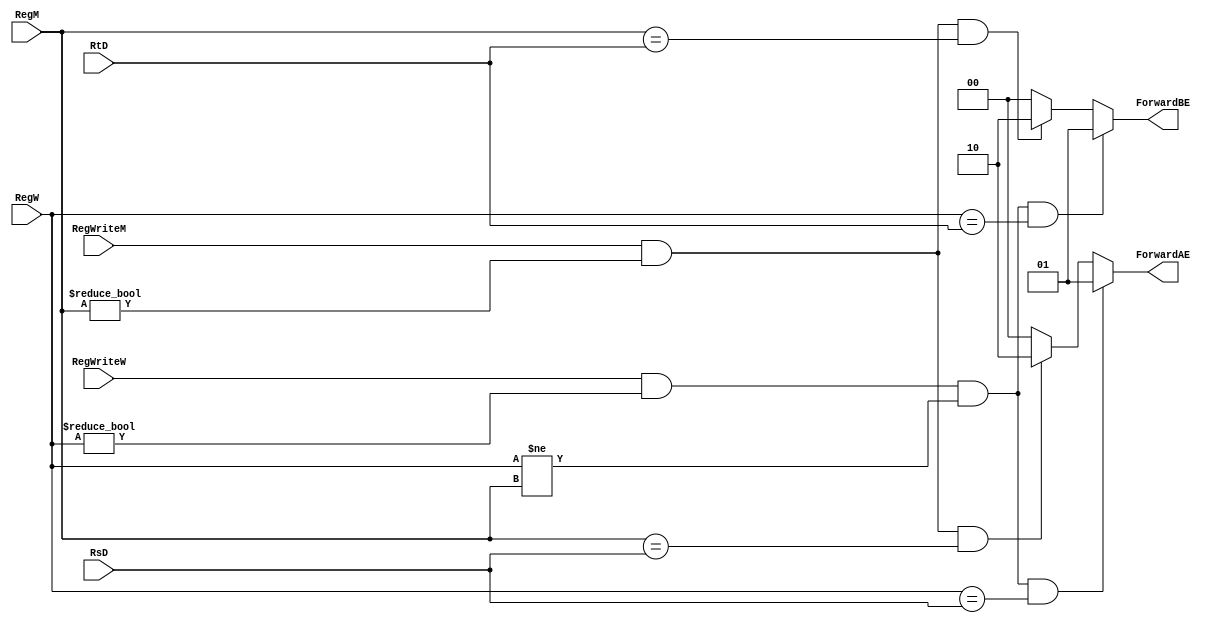
module data_forward(	input [4:0] RsD, RtD, RegM, RegW,
						input RegWriteM, RegWriteW,
						output reg [1:0] ForwardAE, ForwardBE);

/* 	DATA FORWARDING FOR FORWARDING HAZARDS
	FORWARD ON THE FOLLOWING CASES:
		-REGS OF NEXT EXEC INSTR USES ANY REGS IN MEM STAGE
		-REGS OF NEXT EXEC NSTR USES ANY REGS IN WB STAGE */
	always@(*) begin
		//default case: direct values in muxes
		ForwardAE <= 2'b00; ForwardBE <= 2'b00;

		//GET REG VALUES FROM MEM IF THEY ARE NEEDED IN EX
		if(	(RegWriteM) && 
			(RegM != 0) &&
			(RegM == RsD))
			ForwardAE <= 2'b10;
		if(	(RegWriteM) && 
			(RegM != 0) &&
			(RegM == RtD))
			ForwardBE <= 2'b10;

		//GET REG VALUES FROM WB IF THEY ARE NEEDED IN EX
		if(	(RegWriteW) && 
			(RegW != 0) &&
			(RegW != RegM) &&
			(RegW == RsD))
			ForwardAE <= 2'b01;

		if(	(RegWriteW) && 
			(RegW != 0) &&
			(RegW != RegM) &&
			(RegW == RtD))
			ForwardBE <= 2'b01;
	end
endmodule // data_forward


/*	DATA FORWARDING FOR BRANCH CASES (BEQ/BNE)
	STALL AND FORWARD IF WRITEREG_E == RST OR RSD */
	
module data_forward_b(	input [4:0] WriteRegE, RsD, RtD,
						input RegWriteE, BranchD, BranchNot,
						output reg ForwardAD, ForwardBD);

	always@(*) begin
		//default case: direct values in muxes
		ForwardAD <= 0; ForwardBD <= 0;

		//IF RSD AND RTD ARE EQUAL TO WRITEREGE AND BRANCHD, ENABLE FORWARDS

		if ( 	(RegWriteE) &&
				(BranchD || BranchNot)	&&
				(WriteRegE != 0) &&
				(WriteRegE == RsD))
				ForwardAD <= 1;

		if ( 	(RegWriteE) &&
				(BranchD || BranchNot)	&&
				(WriteRegE != 0) &&
				(WriteRegE == RtD))
				ForwardBD <= 1;
	end
endmodule